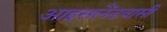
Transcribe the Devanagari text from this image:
आइसलैंडवासी